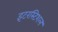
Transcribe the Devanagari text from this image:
इंटरस्टिशल